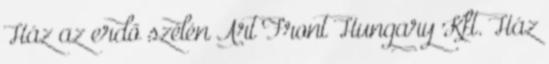
Ház az erdő szélén Art Front Hungary Kft. Ház